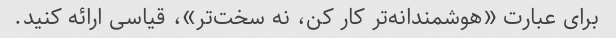
برای عبارت «هوشمندانه‌تر کار کن، نه سخت‌تر»، قیاسی ارائه کنید.